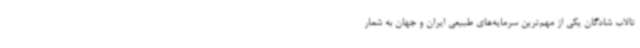
تالاب شادگان یکی از مهم‌ترین سرمایه‌های طبیعی ایران و جهان به شمار